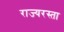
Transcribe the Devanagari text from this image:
राज्यरस्ता